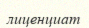
лиценциат